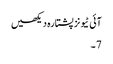
آئی ٹیونز پشتارہ دیکھیں
7 ۔